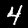
Digit: 4